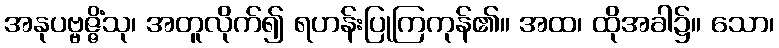
အနုပဗ္ဗဇ္ဇိံသု၊ အတူလိုက်၍ ရဟန်းပြုကြကုန်၏။ အထ၊ ထိုအခါ၌။ သော၊